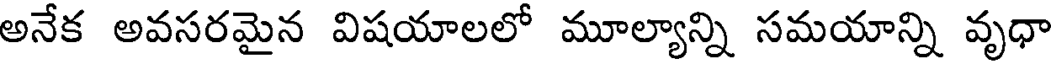
అనేక అవసరమైన విషయాలలో మూల్యాన్ని సమయాన్ని వృధా